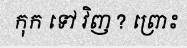
កុក ទៅ វិញ ? ព្រោះ